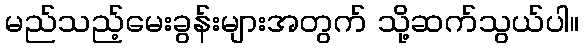
မည်သည့်မေးခွန်းများအတွက် သို့ဆက်သွယ်ပါ။